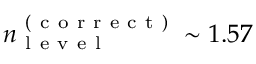
n _ { \mathrm { ~ l ~ e ~ v ~ e ~ l ~ } } ^ { \mathrm { ~ ( ~ c ~ o ~ r ~ r ~ e ~ c ~ t ~ ) ~ } } \sim 1 . 5 7